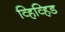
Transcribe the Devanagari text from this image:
व्हिव्हिड